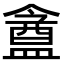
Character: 盦